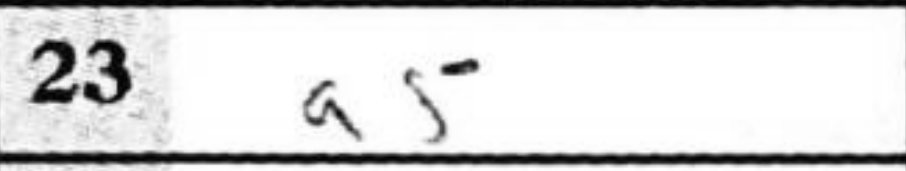
Transcription: a5